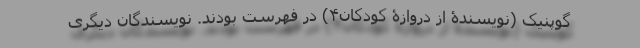
گوپنیک (نویسندۀ از دروازۀ کودکان۴) در فهرست بودند. نویسندگان دیگری